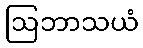
ဩဘာသယံ